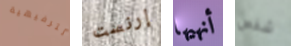
الترفيهية إرنست أنهيها شخص